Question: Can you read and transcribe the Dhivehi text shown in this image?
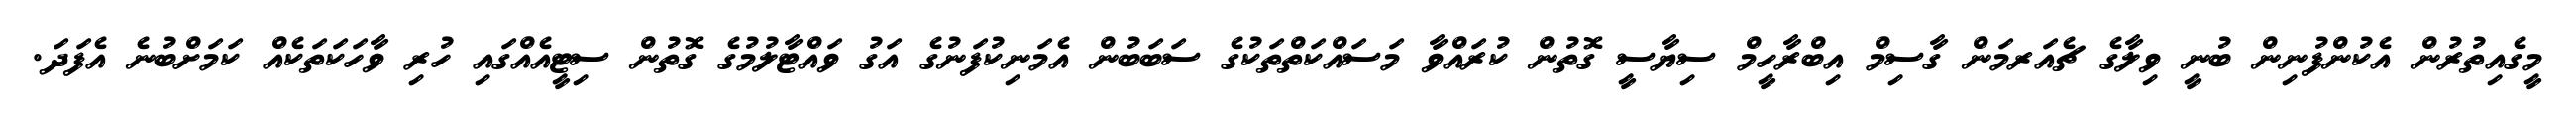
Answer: މީގެއިތުރުން އެކުންފުނިން ބުނީ ވިލާގެ ޗެއަރމަން ގާސިމް އިބްރާހީމް ސިޔާސީ ގޮތުން ކުރައްވާ މަސައްކަތްތަކުގެ ސަބަބުން އެމަނިކުފަނުގެ އަގު ވައްޓާލުމުގެ ގޮތުން ސިޓީއެއްގައި ހުރި ވާހަކަތަކެއް ކަމަށްބުނެ އެފަދަ.